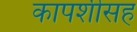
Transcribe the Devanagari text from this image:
कापशीसह